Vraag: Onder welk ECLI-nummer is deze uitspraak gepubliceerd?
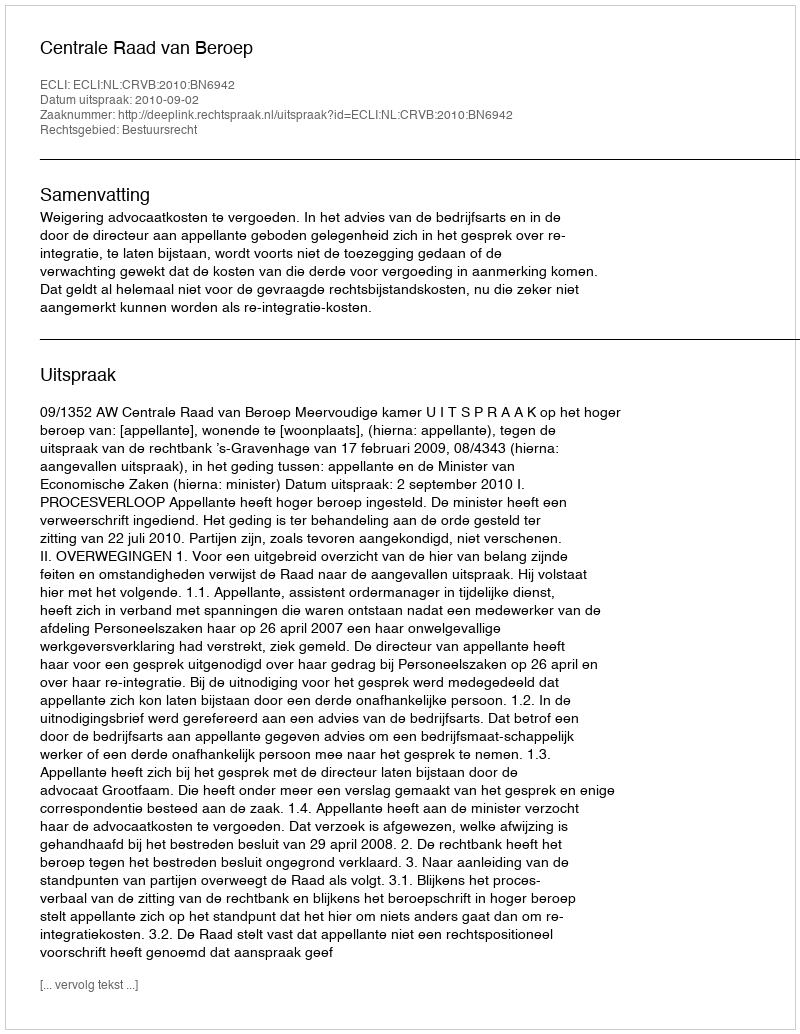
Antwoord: ECLI:NL:CRVB:2010:BN6942